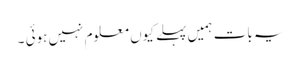
یہ بات ہمیں پہلے کیوں معلوم نہیں ہوئی ۔